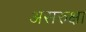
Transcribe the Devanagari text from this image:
असरुक्षा